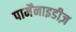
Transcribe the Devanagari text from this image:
पार्मेंनाइडीज़